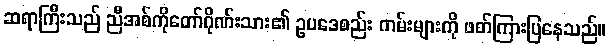
ဆရာကြီးသည် ညီအစ်ကိုတော်ဂိုဏ်းသား၏ ဥပဒေစည်း ကမ်းများကို ဖတ်ကြားပြနေသည်။